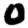
Digit: 0